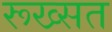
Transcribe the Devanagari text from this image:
रूख्सत